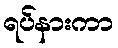
ရပ်နားကာ